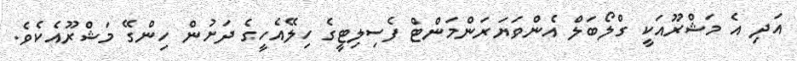
އަދި އެ މަޝްރޫއަކީ ގްލޯބަލް އެންވަޔަރަންމަންޓް ފެސިލިޓީގެ ހިލޭއެހީގެ ދަށުން ހިންގޭ މަޝްރޫއެކެވެ.